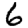
Digit: 6